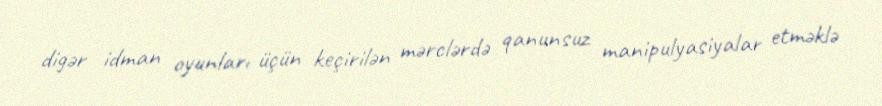
digər idman oyunları üçün keçirilən mərclərdə qanunsuz manipulyasiyalar etməklə